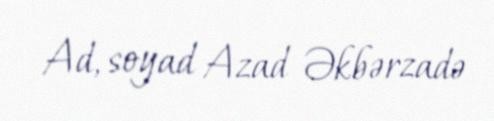
Ad, soyad Azad Əkbərzadə